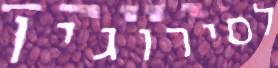
לסירוגין